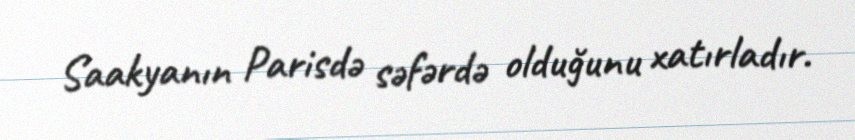
Saakyanın Parisdə səfərdə olduğunu xatırladır.